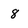
Character: 8